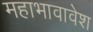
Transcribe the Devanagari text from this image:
महाभावावेश